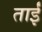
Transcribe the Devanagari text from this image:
ताईं